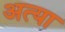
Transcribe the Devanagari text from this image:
अत्या